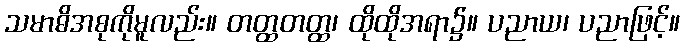
သမာဓိအစုကိုမူလည်း။ တတ္ထတတ္ထ၊ ထိုထိုအရာ၌။ ပညာယ၊ ပညာဖြင့်။